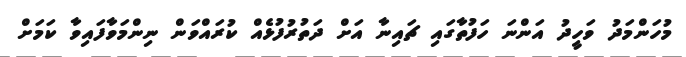
މުހަންމަދު ވަހީދު އަންނަ ހަފުތާގައި ޗައިނާ އަށް ދަތުރުފުޅެއް ކުރައްވަން ނިންމަވާފައިވާ ކަމަށް